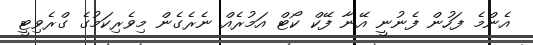
އެންމެ ފަހުން ފެނުނީ އޭނާ ފޭކް ކޯޓް އަމުރެއް ނެރެގެން މިވެރިކަމުގެ ގްރެވިޓީ